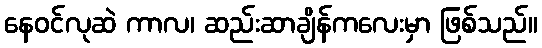
နေဝင်လုဆဲ ကာလ၊ ဆည်းဆာချိန်ကလေးမှာ ဖြစ်သည်။